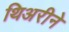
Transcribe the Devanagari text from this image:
थिअरीने